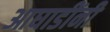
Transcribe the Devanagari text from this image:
आघाडींनी